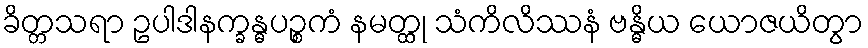
ခိတ္တသရာ ဥပါဒါနက္ခန္ဓပဉ္စကံ နမတ္ထု သံကိလိဿနံ ဗန္ဓိယ ယောဇယိတွာ